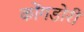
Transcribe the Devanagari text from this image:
कोंगडोरी